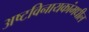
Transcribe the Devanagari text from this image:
अष्टविनायकांमधील